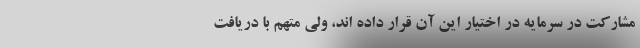
مشارکت در سرمایه در اختیار این آن قرار داده اند، ولی متهم با دریافت